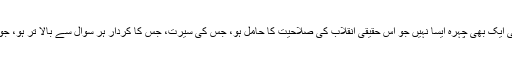
مگر افسوس کہ ہمارے قومی منظر نامے میں کوئی ایک بھی چہرہ ایسا نہیں جو اس حقیقی انقلاب کی صلاحیت کا حامل ہو، جس کی سیرت، جس کا کردار ہر سوال سے بالا تر ہو، جو معاملہ فہم ہو اور عمیق سیاسی بصیرت رکھتا ہو۔